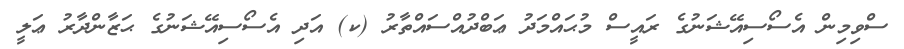
ސްވިމިން އެސޯސިއޭޝަނުގެ ރައީސް މުޙައްމަދު ޢަބްދުއްސައްތާރު (ކ) އަދި އެސޯސިއޭޝަނުގެ ޙަޒާންދާރު ޢަލީ